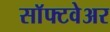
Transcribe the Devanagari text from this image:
साॅफ्टवेअर